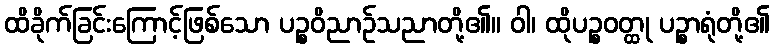
ထိခိုက်ခြင်းကြောင့်ဖြစ်သော ပဉ္စဝိညာဉ်သညာတို့၏။ ဝါ၊ ထိုပဉ္စဝတ္ထု ပဉ္စာရုံတို့၏